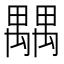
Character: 𥝉